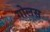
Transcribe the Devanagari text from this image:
गोलस